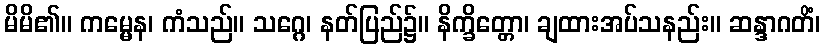
မိမိ၏။ ကမ္မေန၊ ကံသည်။ သဂ္ဂေ၊ နတ်ပြည်၌။ နိက္ခိတ္တော၊ ချထားအပ်သနည်း။ ဆန္ဒာဂတိံ၊